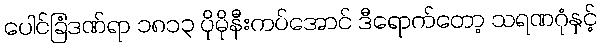
ပေါင်ခြံဒဏ်ရာ ၁၈၁၃ ပိုမိုနီးကပ်အောင် ဒီရောက်တော့ သရဏဂုံနှင့်